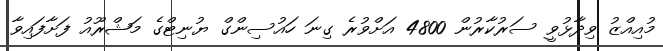
މުއިއްޒު ވިދާޅުވީ ސަރުކާރުން 4800 އަށްވުރެ ގިނަ ހައުސިންގް ޔުނިޓްގެ މަޝްރޫއު ފަށާފައިވާ